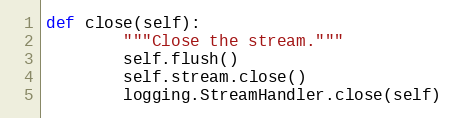
Language: Python
def close(self):
        """Close the stream."""
        self.flush()
        self.stream.close()
        logging.StreamHandler.close(self)